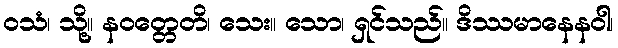
ဝသံ၊ သို့။ နဝတ္တေတိ၊ သေး။ သော၊ ရှင်သည်။ ဒိဿမာနေနဝါ၊